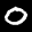
Label: 0